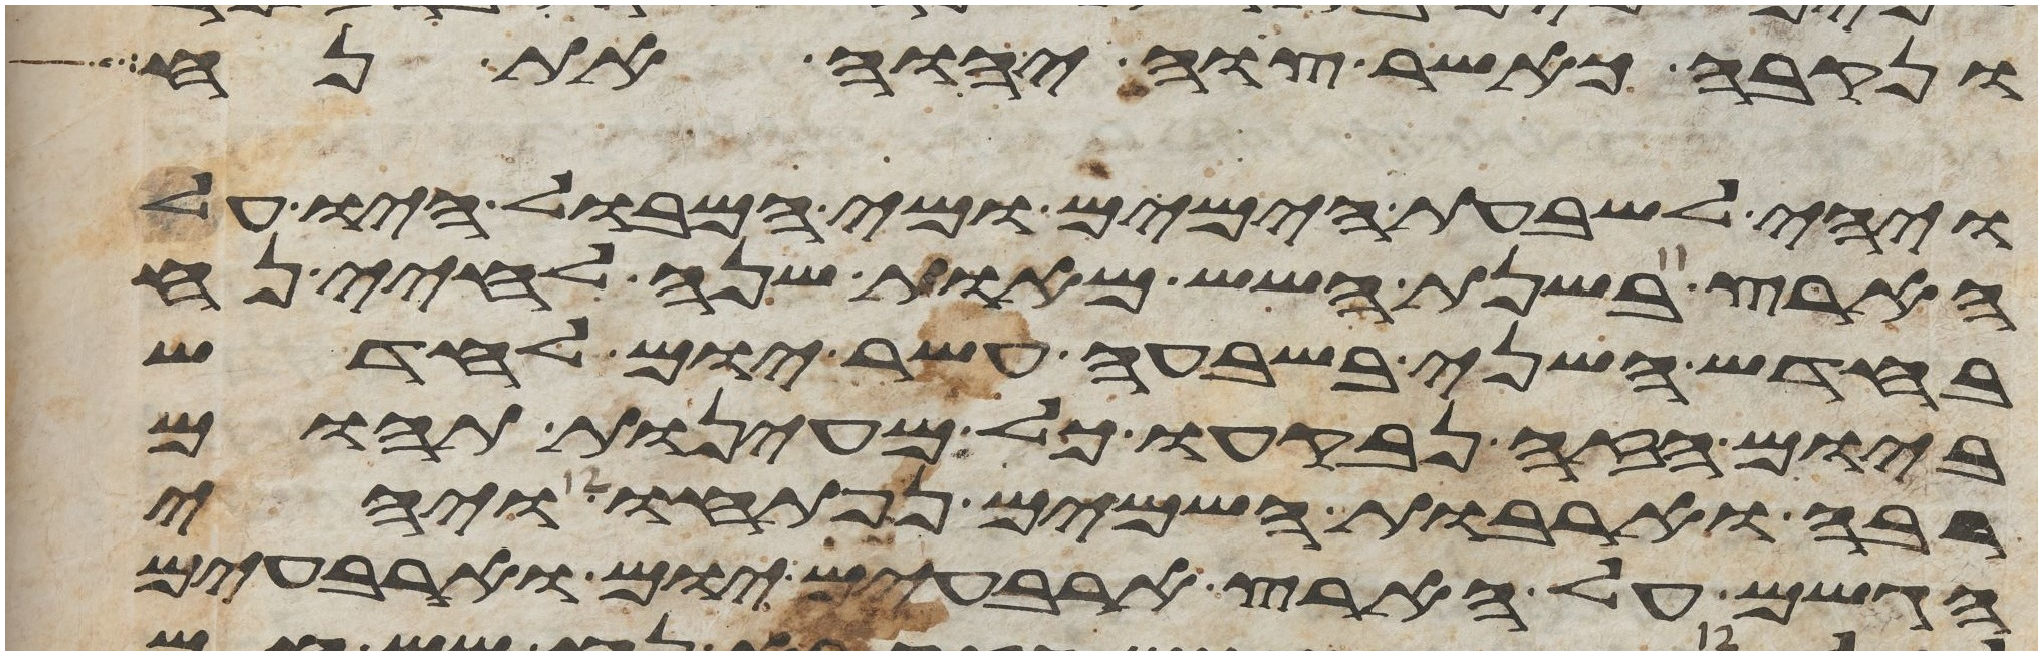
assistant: ונקבה כאשר צוה יהוה את נח
ויהי לשבעת הימים ומי המבול היו על
הארץ בשנת השש מאות שנה לחיי נח
בחדש השני בשבעה עשר יום לחדש
ביום הזה נבקעו כל מעינות תהום
רבה וארבות השמים נפתחו ויהי
הגשם על הארץ ארבעים יום וארבעים